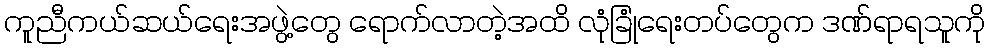
ကူညီကယ်ဆယ်ရေးအဖွဲ့တွေ ရောက်လာတဲ့အထိ လုံခြုံရေးတပ်တွေက ဒဏ်ရာရသူကို